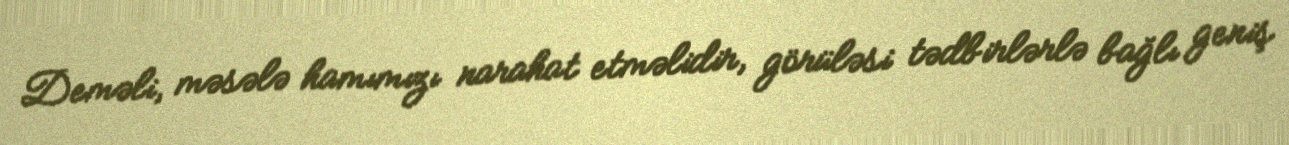
Deməli, məsələ hamımızı narahat etməlidir, görüləsi tədbirlərlə bağlı geniş